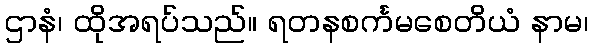
ဌာနံ၊ ထိုအရပ်သည်။ ရတနစင်္ကမစေတိယံ နာမ၊